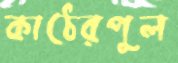
কাঠেরপুল